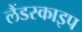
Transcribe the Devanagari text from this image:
लैंडस्काइप